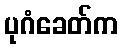
ပုဂံခေတ်က